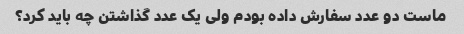
ماست دو عدد سفارش داده بودم ولی یک عدد گذاشتن چه باید کرد؟